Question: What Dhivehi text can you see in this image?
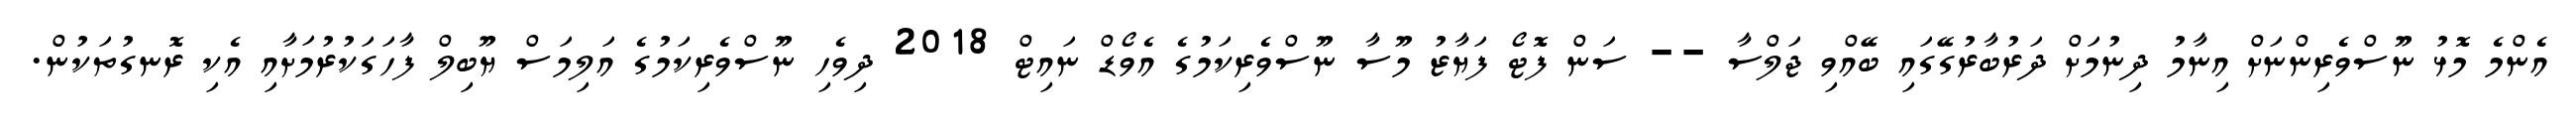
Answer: އެންމެ މޮޅު ނޫސްވެރިންނަށް އިނާމު ދިނުމަށް ދަރުބާރުގޭގައި ބޭއްވި ޖަލްސާ -- ސަން ފޮޓޯ ފަޔާޒު މޫސާ ނޫސްވެރިކަމުގެ އެވޯޑް ނައިޓް 2018 ދިވެހި ނޫސްވެރިކަމުގެ އަލިމަސް ޔޫބިލް ފާހަގަކުރުމަށާއި އެކި ރޮނގުތަކުން.